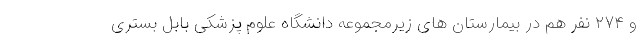
و ۲۷۴ نفر هم در بیمارستان های زیرمجموعه دانشگاه علوم پزشکی بابل بستری